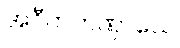
အဝီတတဏှာသေ